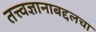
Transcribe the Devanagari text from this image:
तत्त्वज्ञानाबद्दलचा